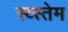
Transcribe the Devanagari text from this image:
स्य्स्तेम